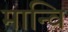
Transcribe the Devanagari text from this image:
मान्वि